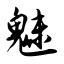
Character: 魅